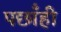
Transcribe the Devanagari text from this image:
पछाँही